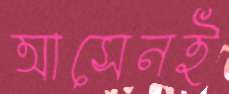
আসেনই